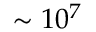
\sim 1 0 ^ { 7 }